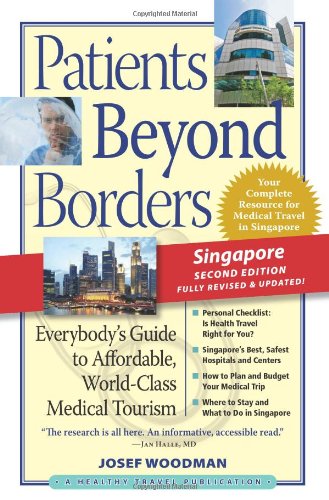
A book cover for Patients Beyond Borders Singapore Edition: Everybody's Guide to Affordable, World-Class Medical Care Abroad (Patients Beyond Borders Singapore: Everybody's Guide to Affordable, World-Class Healthcare); Josef Woodman; Travel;